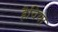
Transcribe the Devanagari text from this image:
हैविया